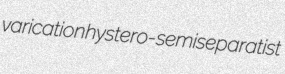
varication hystero- semiseparatist